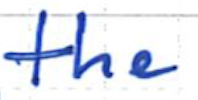
Text: the
Cross-out: clean
Writing tool: ballpoint